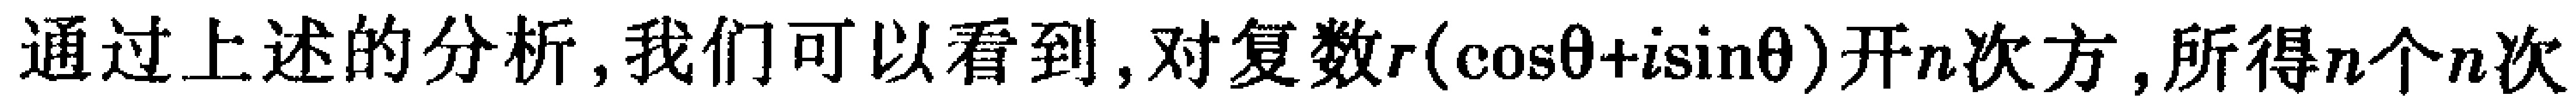
通过上述的分析,我们可以看到,对复数\(r(\cos\theta +i\sin\theta)\)开\(n\)次方,所得\(n\)个\(n\)次